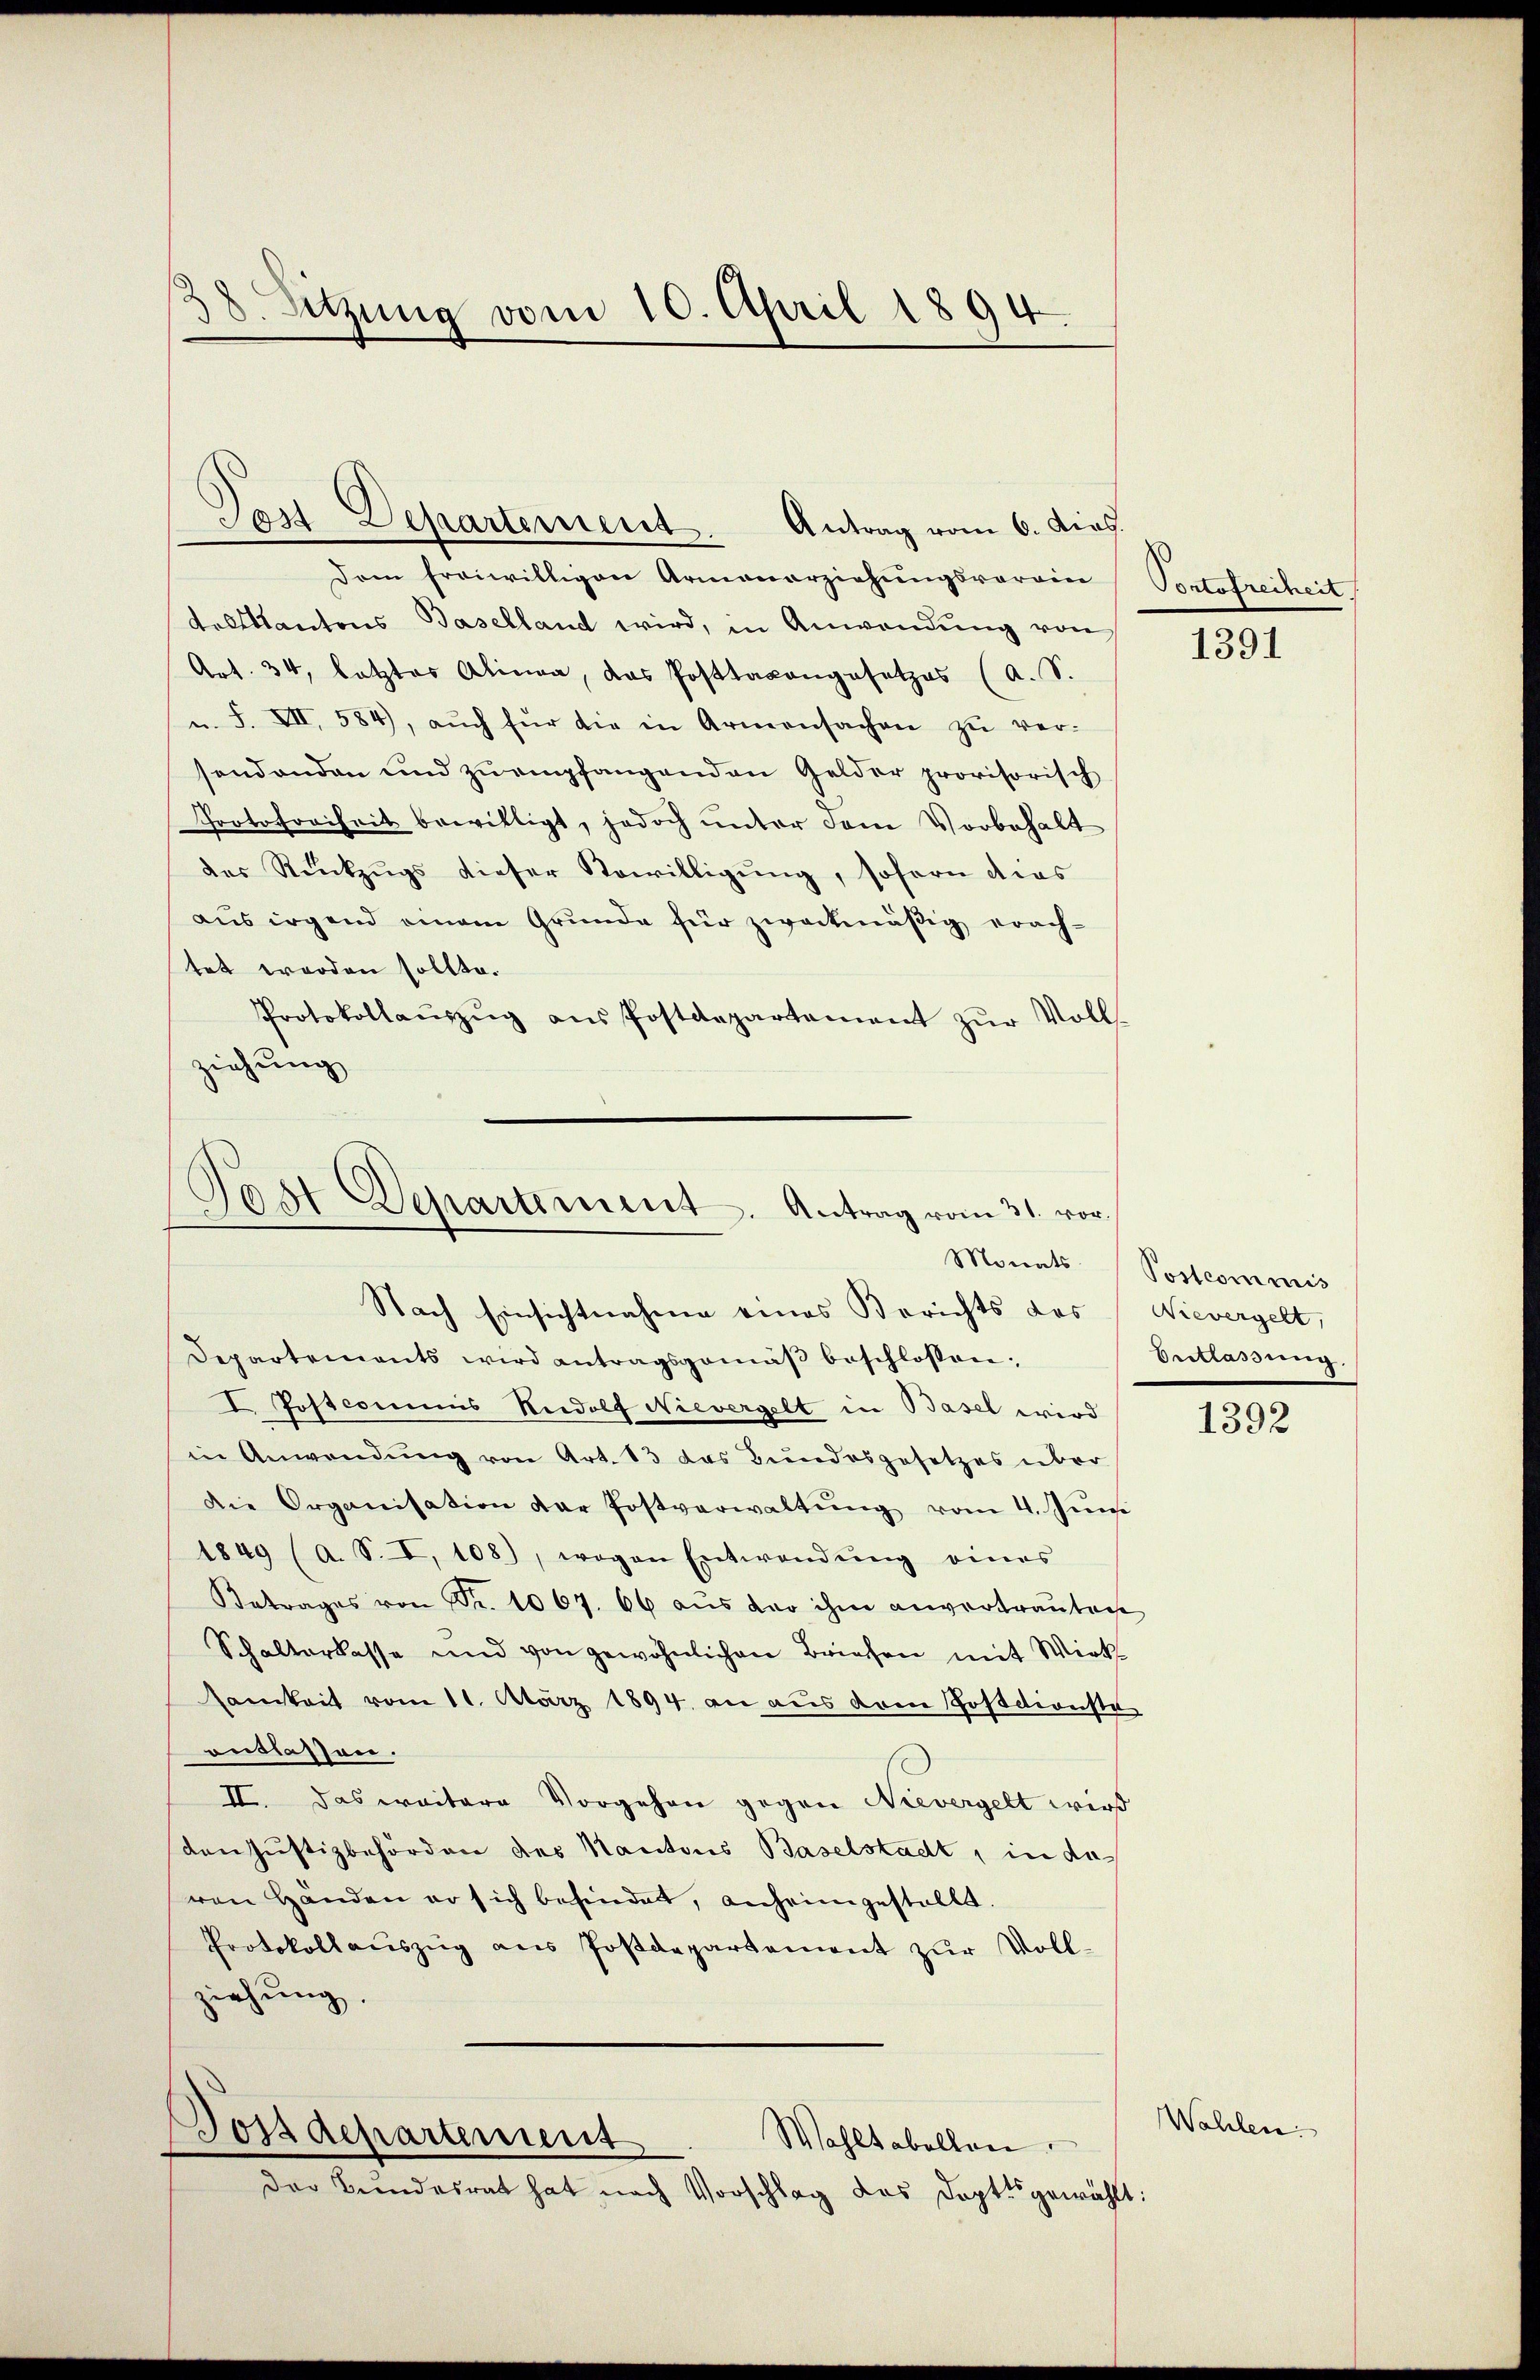
8. Sitzung vom 10. April 1894.

Post Departement. Antrag vom 6. ding.

Dem freiwilligen Armenarziehungsvorrin
talltkantons Baselland wird, in Anwendung von
Art. 34, letztes Alinea, das Posttaxangesetzes (a. S.
u. F. VII, 584, aŭch für die in Armensachen zŭ ver-
sendenden und zu empfangenden Gelder provisorisch
Protofreiheit bewilligt, jedoch unter dem Vorbehalt
des Rückzugs dieser Sowilligung, soforn dies
aus irgend einem Grunde für zweckmäßig erach-
tet worden sollte.
Protokollaŭszŭg ans Postdepartement zŭr Voll-
ziehung

Post Departement. Antrag vom 31. vor.
Nach Einsichtnahme eines Berichts des Nievergelt,
Departements wird antragsgemäβ beschlossen;

I Postcommis Rudolf Nievergelt in Basel wird
in Anwendŭng von Art. 13 das Bundesgesetzes über
die Organisation der Postverwaltŭng vom 4. Juni
1849 (a. S. I, 108), wogen Entwendŭng eines
Betrages von Fr. 1067. 66 aŭs der ihm anvertrautage
Schalterlasse und von gewöhnlichen Briefen mit Wirk-
samkeit vom 11. März 1894. an aus dem Postdienste
ontlassen.
II. Das weitere Vorgehen gegen Nievergelt wird
den Justizbehörden des Kantons Baselstadt, in das
von Händen er sich befindet, anheimgestellt.
Protokollaŭszŭg ans Postdepartement zŭr Voll-
ziehung.
Postdepartement
Wahltabellan
Der Bundesrat hat nach Vorschlag des Doptt gewählt:

Portofreiheit

1391

Monats Postcommis
Vertrassung

1392

Wahlen.